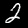
Label: 2